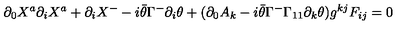
\partial _ { 0 } X ^ { a } \partial _ { i } X ^ { a } + \partial _ { i } X ^ { - } - i \bar { \theta } \Gamma ^ { - } \partial _ { i } \theta + ( \partial _ { 0 } A _ { k } - i \bar { \theta } \Gamma ^ { - } \Gamma _ { 1 1 } \partial _ { k } \theta ) g ^ { k j } F _ { i j } = 0